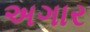
અગાર